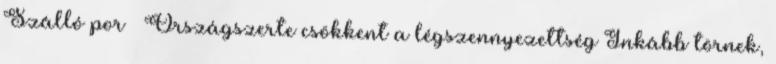
Szálló por – Országszerte csökkent a légszennyezettség Inkább törnek,